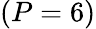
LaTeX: (P=6)